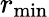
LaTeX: r_{\mathrm{min}}